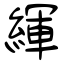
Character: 緷